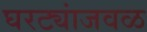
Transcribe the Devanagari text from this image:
घरट्यांजवळ